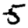
Digit: 5